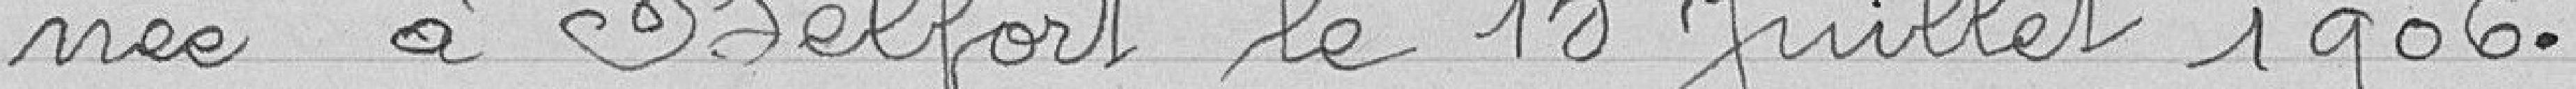
née à Belfort le 15 Juillet 1906.